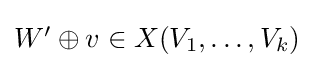
{\textstyle W'\oplus v\in X(V_{1},\dots ,V_{k})}